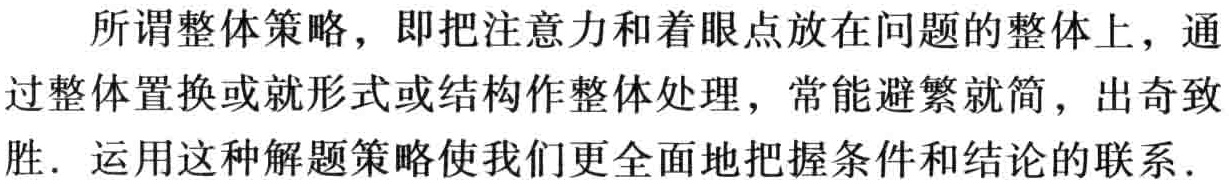
所谓整体策略，即把注意力和着眼点放在问题的整体上，通过整体置换或就形式或结构作整体处理，常能避繁就简，出奇致胜. 运用这种解题策略使我们更全面地把握条件和结论的联系.